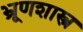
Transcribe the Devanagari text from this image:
भ्रूणशास्त्र